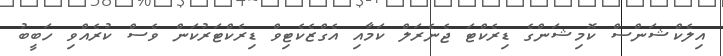
އިލެކްޝަންސް ކޮމިޝަންގެ ޑިރެކްޓަ ޖެނެރަލް ކަމާއި އެގްޒެކެޓިވް ޑިރެކްޓަރުކަން ވެސް ކުރެއްވި ހަބީބު